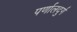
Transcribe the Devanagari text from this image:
पर्णालदुर्ग